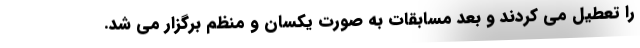
را تعطیل می کردند و بعد مسابقات به صورت یکسان و منظم برگزار می شد.